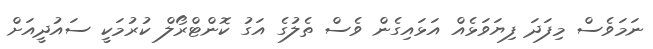
ނަމަވެސް މިފަދަ ފިޔަވަޅެއް އަޅައިގެން ވެސް ތެލުގެ އަގު ކޮންޓްރޯލް ކުރުމަކީ ސައުދީއަށް